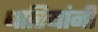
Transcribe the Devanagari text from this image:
धारियांनी